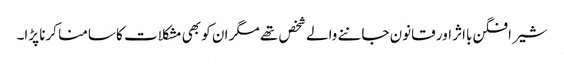
شیر افگن بااثر اور قانون جاننے والے شخص تھے مگر ان کو بھی مشکلات کا سامنا کرنا پڑا۔